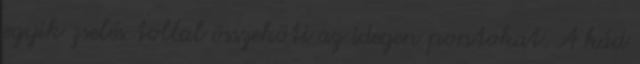
egyik zselés tollal összeköti az idegen pontokat. A kád